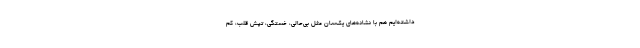
داشته‌ایم هم با نشانه‌های یک‌سان مثل بی‌حالی، خستگی، تپش قلب، کم‌